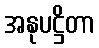
အနုပဋ္ဌိတာ